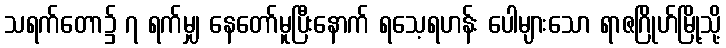
သရက်တော၌ ၇ ရက်မျှ နေတော်မူပြီးနောက် ရသေ့ရဟန်း ပေါများသော ရာဇဂြိုဟ်မြို့သို့